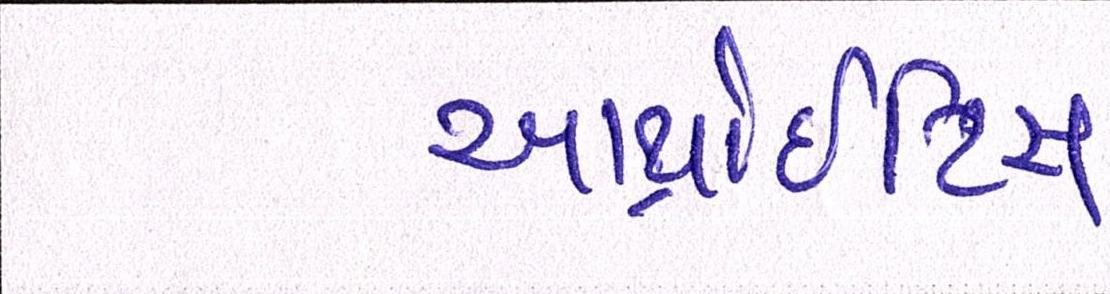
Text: આર્થ્રાઈટિસ